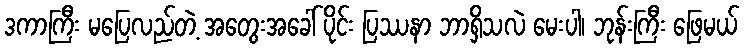
ဒကာကြီး မပြေလည်တဲ့ အတွေးအခေါ် ပိုင်း ပြဿနာ ဘာရှိသလဲ မေးပါ၊ ဘုန်းကြီး ဖြေမယ်